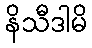
နိသီဒါမိ